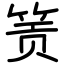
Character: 𬕂